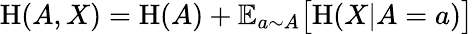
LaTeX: \mathrm{H}(A,X)=\mathrm{H}(A)+\mathbb{E}_{a\sim A}{\big[}\mathrm{H}(X|A=a){\big]}